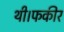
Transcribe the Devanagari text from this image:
थी।फकीर